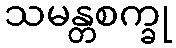
သမန္တစက္ခု